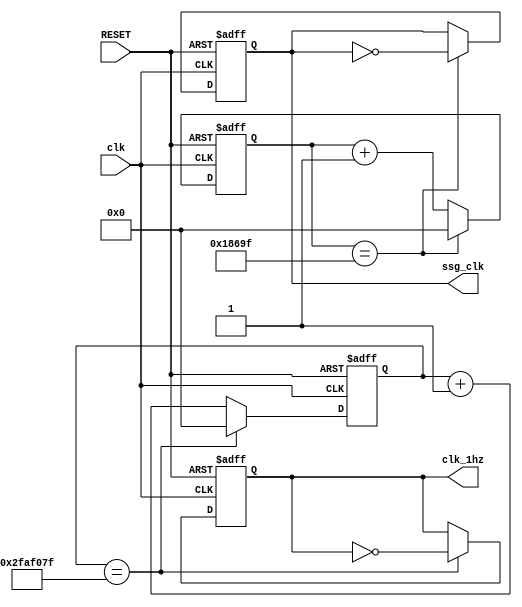
`timescale 1ns / 1ps
//////////////////////////////////////////////////////////////////////////////////
// Company: 
// Engineer: 
// 
// Design Name: 
// Module Name:    clock 
// Project Name: 
// Target Devices: 
// Tool versions: 
// Description: 
//
// Dependencies: 
//
// Revision: 
// Revision 0.01 - File Created
// Additional Comments: 
//
//////////////////////////////////////////////////////////////////////////////////
module clock(input RESET,
				 input clk, 					//100 MHz
				 output reg clk_1hz, 		//1 Hz
				 output reg ssg_clk); 		//500 Hz

//1 Hz clock
reg [25:0] ctr1 = 0;
parameter dv1 = 26'd50_000_000;

//500 Hz clock
reg [25:0] ctrs = 0;
parameter dvs = 26'd100_000;

//100 MHz -> 1 Hz
always @(posedge clk, posedge RESET) begin
	if (RESET) begin
		ctr1 <= 0;
		clk_1hz <= 0;
	end else if (ctr1 == dv1 - 1) begin
		ctr1 <= 0;
		clk_1hz <= ~clk_1hz;
	end else begin
		ctr1 <= ctr1 + 1;
		clk_1hz <= clk_1hz;
	end 
end

//100 Mhz -> 500 Hz
always @(posedge clk, posedge RESET) begin
	if (RESET) begin
		ctrs <= 0;
		ssg_clk <= 0;
	end else if (ctrs == dvs - 1) begin
		ctrs <= 0;
		ssg_clk <= ~ssg_clk;
	end else begin
		ctrs <= ctrs + 1;
		ssg_clk <= ssg_clk;
	end 
end

endmodule